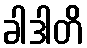
ခါဒါတိ